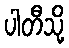
ပါတီသို့